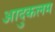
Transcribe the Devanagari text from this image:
आदुकलम